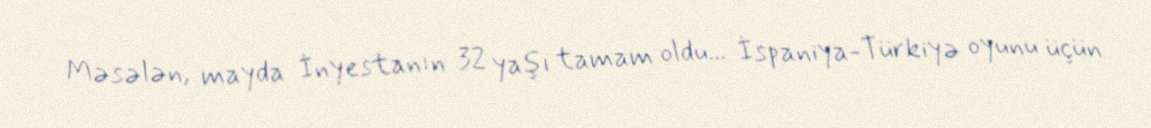
Məsələn, mayda İnyestanın 32 yaşı tamam oldu... İspaniya-Türkiyə oyunu üçün